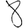
Digit: 8